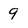
Character: 9